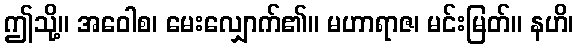
ဤသို့။ အဝေါစ၊ မေးလျှောက်၏။ မဟာရာဇ၊ မင်းမြတ်။ နဟိ၊